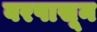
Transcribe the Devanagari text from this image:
वरपासून